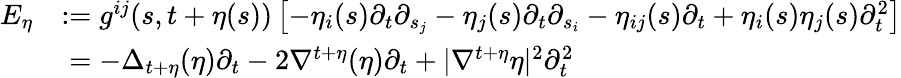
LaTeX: \begin{array}{rl}{E_{\eta}}&{:=g^{ij}(s,t+\eta(s))\left[-\eta_{i}(s)\partial_{t}\partial_{s_{j}}-\eta_{j}(s)\partial_{t}\partial_{s_{i}}-\eta_{ij}(s)\partial_{t}+\eta_{i}(s)\eta_{j}(s)\partial_{t}^{2}\right]}\\ &{\; =-\Delta_{t+\eta}(\eta)\partial_{t}-2\nabla^{t+\eta}(\eta)\partial_{t}+|\nabla^{t+\eta}\eta|^{2}\partial_{t}^{2}}\end{array}